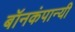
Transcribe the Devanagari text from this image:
बॉनकंपान्यी